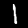
Label: 1